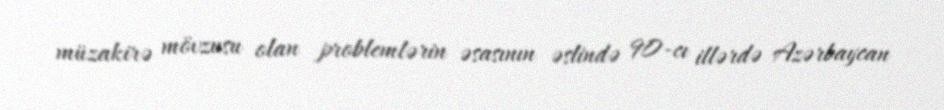
müzakirə mövzusu olan problemlərin əsasının əslində 90-cı illərdə Azərbaycan